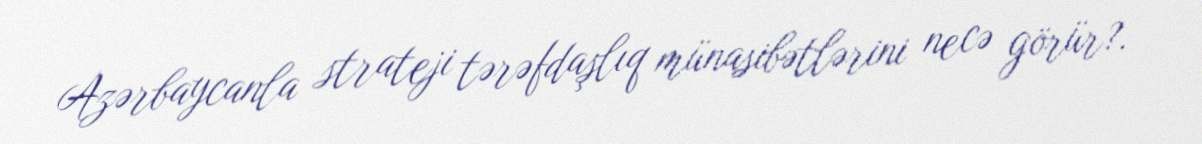
Azərbaycanla strateji tərəfdaşlıq münasibətlərini necə görür?.